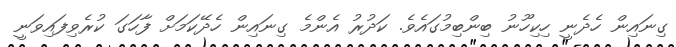
ގިނައިން ހެދެނީ ހިކިހޫނު ބިންބިމުގައެވެ. ކަދުރު އެންމެ ގިނައިން ހެދޭކަމަށް ފާހަގަ ކުރެވިފައިވަނީ